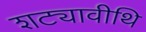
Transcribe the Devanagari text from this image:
शट्यावीथि